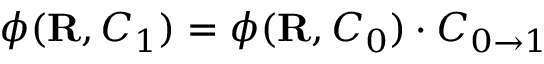
\boldsymbol { \phi } ( { \mathbf { R } } , C _ { 1 } ) = \boldsymbol { \phi } ( { \mathbf { R } } , C _ { 0 } ) \cdot C _ { 0 \to 1 }